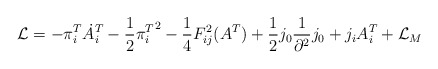
\begin{align*}{\cal L} = -\pi_i^T \dot A_i^T -\frac{1}{2} {\pi_i^T}^2 - \frac{1}{4} F_{ij}^2 (A^T) +\frac{1}{2} j_0\frac{1}{\partial^2}j_0 + j_i A_i^T +{\cal L}_M\end{align*}